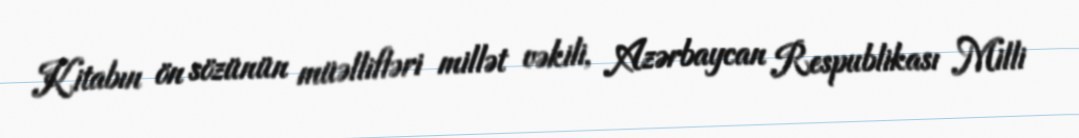
Kitabın ön sözünün müəllifləri millət vəkili, Azərbaycan Respublikası Milli